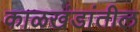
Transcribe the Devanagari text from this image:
काळखंडांतील